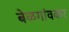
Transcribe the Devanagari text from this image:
बेळगांवकर